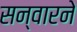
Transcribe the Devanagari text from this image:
सन्वारने